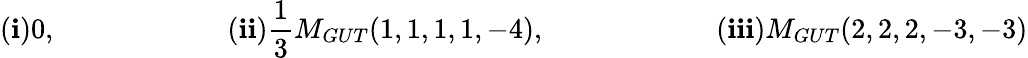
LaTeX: (\mathbf{i})0,\qquad\qquad\qquad(\mathbf{i}\mathbf{i})\frac{{1}}{{3}}M_{GUT}(1,1,1,1,-4),\qquad\qquad\qquad(\mathbf{i}\mathbf{i}\mathbf{i})M_{GUT}(2,2,2,-3,-3)